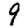
Digit: 9